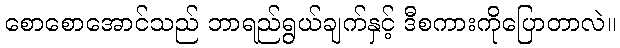
စောစောအောင်သည် ဘာရည်ရွယ်ချက်နှင့် ဒီစကားကိုပြောတာလဲ။